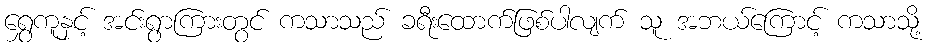
ရွှေကူနှင့် အင်းရွာကြားတွင် ကသာသည် ခရီးထောက်ဖြစ်ပါလျက် သူ အဘယ်ကြောင့် ကသာသို့